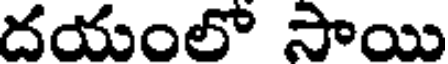
దయంలో సాయి